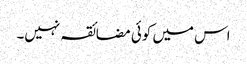
اس میں کوئی مضائقہ نہیں۔